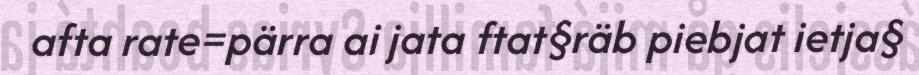
afta rate=pärra ai jata ftat§räb piebjat ietja§